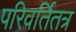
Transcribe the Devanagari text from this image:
परिवर्तितत्र